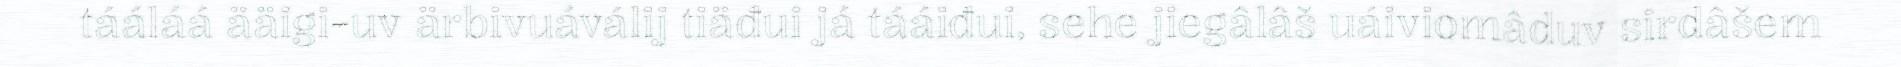
tááláá ääigi-uv ärbivuáválij tiäđui já tááiđui, sehe jiegâlâš uáiviomâduv sirdâšem